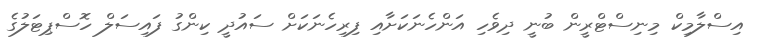
އިސްލާމިކް މިނިސްޓްރީން ބުނީ ދިވެހި އަންހެނަކަށާއި ފިރިހެނަކަށް ސައުދީ ކިންގު ފައިސަލް ހޮސްޕިޓަލުގެ